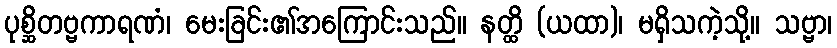
ပုစ္ဆိတဗ္ဗကာရဏံ၊ မေးခြင်း၏အကြောင်းသည်။ နတ္ထိ (ယထာ)၊ မရှိသကဲ့သို့။ သဗ္ဗာ၊